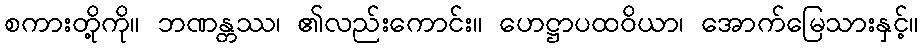
စကားတို့ကို။ ဘဏန္တဿ၊ ၏လည်းကောင်း။ ဟေဋ္ဌာပထဝိယာ၊ အောက်မြေသားနှင့်။